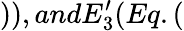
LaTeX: )),andE_{3}^{\prime}(Eq.(